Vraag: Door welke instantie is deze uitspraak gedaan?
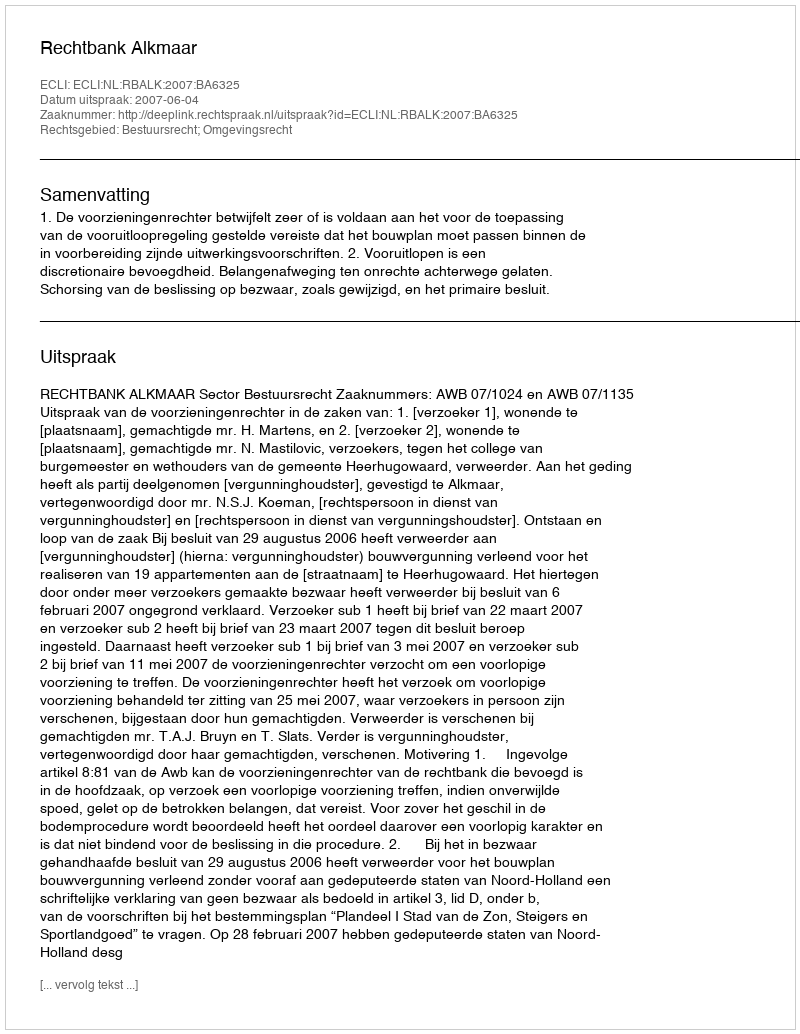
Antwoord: Rechtbank Alkmaar